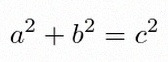
a^2+b^2=c^2